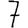
Digit: 7